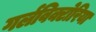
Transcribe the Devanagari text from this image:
गर्लविक्टोरिया